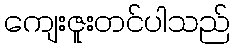
ကျေးဇူးတင်ပါသည်